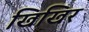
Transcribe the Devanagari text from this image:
खिखिर